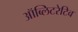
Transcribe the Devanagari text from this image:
ऑब्लिटरेटिव